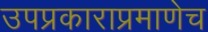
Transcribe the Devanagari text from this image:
उपप्रकाराप्रमाणेच